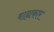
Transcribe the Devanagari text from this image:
बाह्यकार